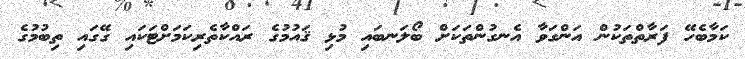
ކަމާބެހޭ ފަރާތްތަކުން އަންގަވާ އެނގުންތަކަށް ބޯލަނބައި މުޅި ޤައުމުގެ ރައްކާތެރިކަމަށްޓަކައި ގޭގައި ތިބުމުގެ